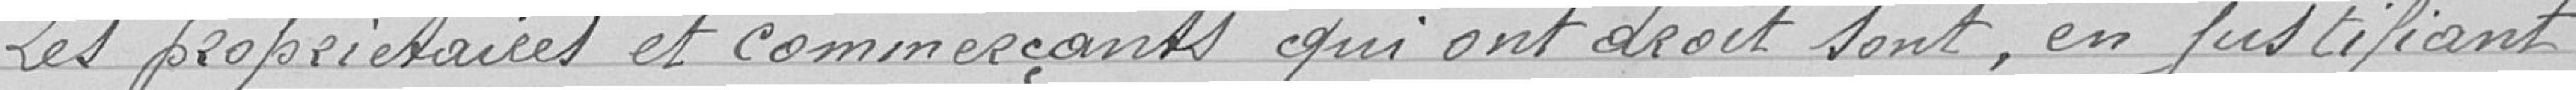
Les propriétaires et commerçants qui ont droit sont, en justifiant